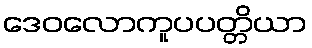
ဒေဝလောကူပပတ္တိယာ